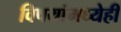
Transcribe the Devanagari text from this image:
विषयांमध्येही